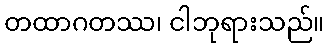
တထာဂတဿ၊ ငါဘုရားသည်။